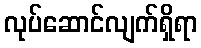
လုပ်ဆောင်လျက်ရှိရာ